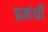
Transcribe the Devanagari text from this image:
प्रमंथी